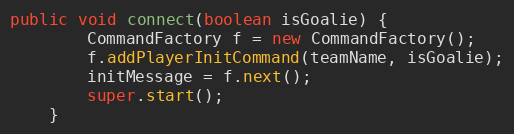
Language: Java
public void connect(boolean isGoalie) {
        CommandFactory f = new CommandFactory();
        f.addPlayerInitCommand(teamName, isGoalie);
        initMessage = f.next();
        super.start();
    }